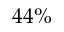
4 4 \%